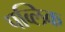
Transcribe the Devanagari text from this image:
पव्लिक